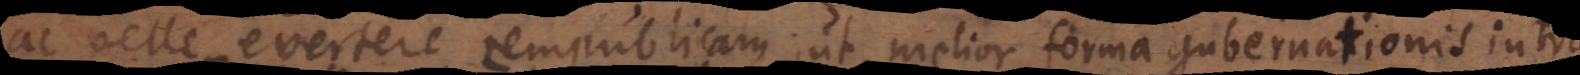
ac velle evertere rempublicam, ut melior forma gubernationis intr